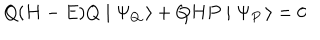
LaTeX: Q ( H - E ) Q \mid \Psi _ { Q } \, \rangle + Q H P \mid \Psi _ { P } \, \rangle = 0